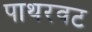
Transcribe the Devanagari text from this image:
पाथरवट